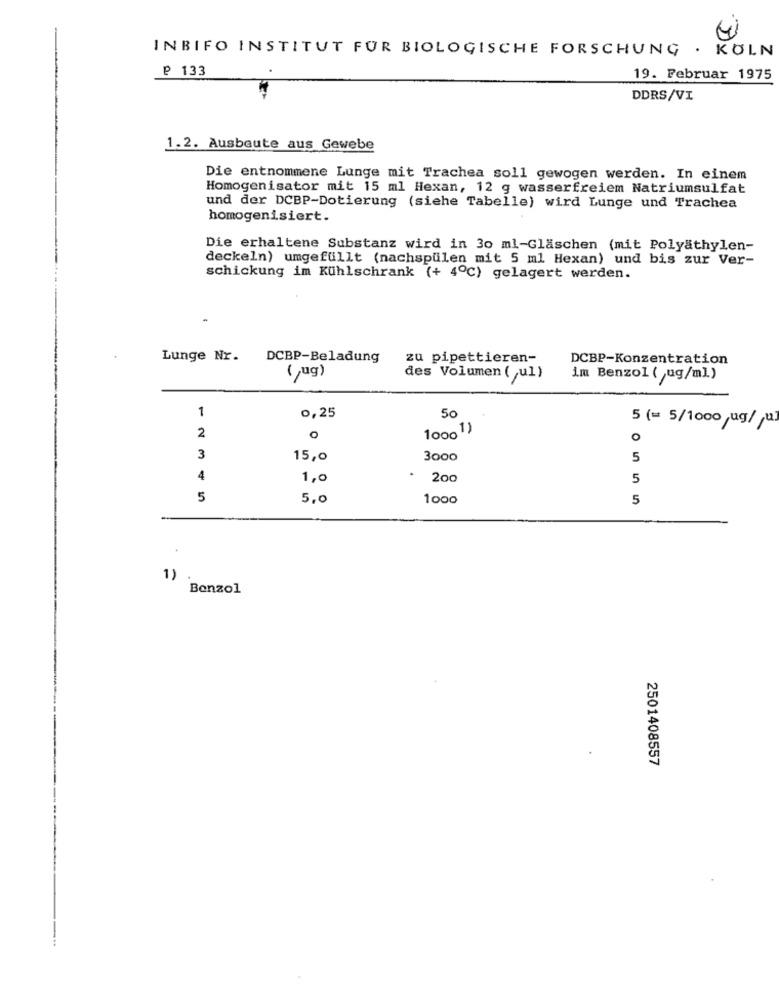
INBIFO INSTITUT FUR BIOLOGISCHE FORSCHUNG . KOLN
₽ 133
19. Februar 1975
DDRS/VI
1.2. Ausbeute aus Gewebe
Die entnommene Lunge mit Trachea soll gewogen werden. In einem
Homogenisator mit 15 ml Hexan, 12 g wasserfreiem Natriumsulfat
und der DCBP-Dotierung (siehe Tabelle) wird Lunge und Trachea
homogenisiert.
Die erhaltene Substanz wird in 30 ml-Gläschen (mit Polyathylen-
deckeln) umgefüllt (nachspülen mit 5 ml Hexan) und bis zur Ver-
schickung im Kühlschrank (+ 4℃) gelagert werden.
Lunge Nr.
DCBP-Beladung
zu pipettieren-
DCBP-Konzentration
(,ug)
des Volumen ( ,ul)
im Benzol ( ug/ml)
1
0,25
50
5 (= 5/1000 ug/ u
10001)
2
o
o
3
15,0
3000
5
4
1,0
200
5
5
5,0
1000
5
1)
Benzol
2501408557